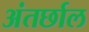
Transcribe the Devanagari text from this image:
अंतर्छाल